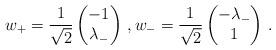
LaTeX: \begin{align*} w_+ = \frac1{\sqrt2} \begin{pmatrix} -1 \\ \lambda_- \end{pmatrix}\,, w_- = \frac1{\sqrt2} \begin{pmatrix} -\lambda_- \\ 1 \end{pmatrix}\,.\end{align*}